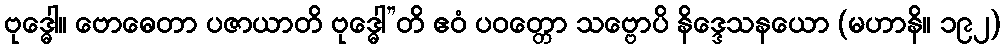
ဗုဒ္ဓေါ။ ဗောဓေတာ ပဇာယာတိ ဗုဒ္ဓေါ”တိ ဧဝံ ပဝတ္တော သဗ္ဗောပိ နိဒ္ဒေသနယော (မဟာနိ။ ၁၉၂)